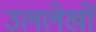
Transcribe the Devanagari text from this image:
उललेखों